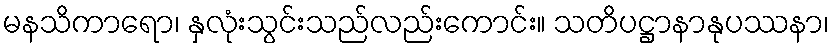
မနသိကာရော၊ နှလုံးသွင်းသည်လည်းကောင်း။ သတိပဋ္ဌာနာနုပဿနာ၊